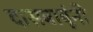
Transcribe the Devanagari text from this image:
दासबाबूंनी